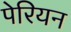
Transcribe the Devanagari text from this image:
पेरियन